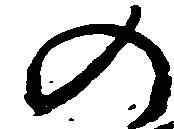
の